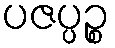
ပဇပ္ပဉ္စ